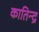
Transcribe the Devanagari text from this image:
कातिन्द्र